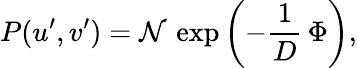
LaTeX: P(u^{\prime},v^{\prime})=\mathcal{N}\, \exp{\left(-\frac{1}{D}\, \Phi\right)},